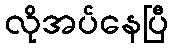
လိုအပ်နေပြီ